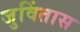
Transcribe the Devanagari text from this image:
जुविंतास